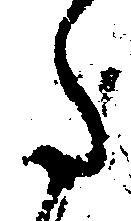
た